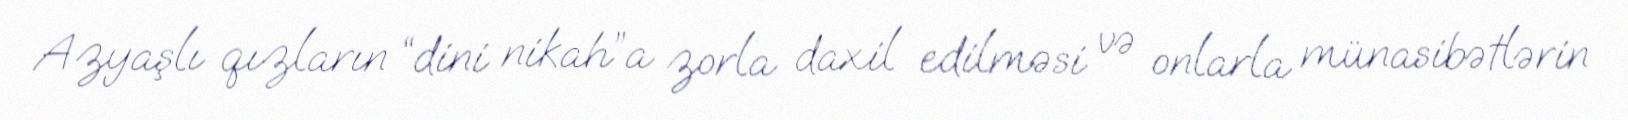
Azyaşlı qızların “dini nikah”a zorla daxil edilməsi və onlarla münasibətlərin